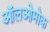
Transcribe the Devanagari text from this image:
ऑलओमोक